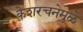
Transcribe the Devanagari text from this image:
केशरचनेमुळे